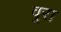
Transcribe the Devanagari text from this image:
वुरा